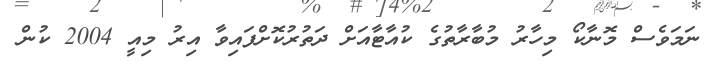
ނަމަވެސް މޮނާކޯ މިހާރު މުބާރާތުގެ ކުއާޓާއަށް ދަތުރުކޮށްފައިވާ އިރު މިއީ 2004 ކުން